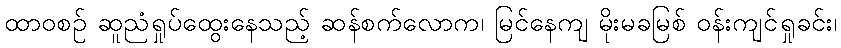
ထာဝစဉ် ဆူညံရှုပ်ထွေးနေသည့် ဆန်စက်လောက၊ မြင်နေကျ မိုးမခမြစ် ဝန်းကျင်ရှုခင်း၊